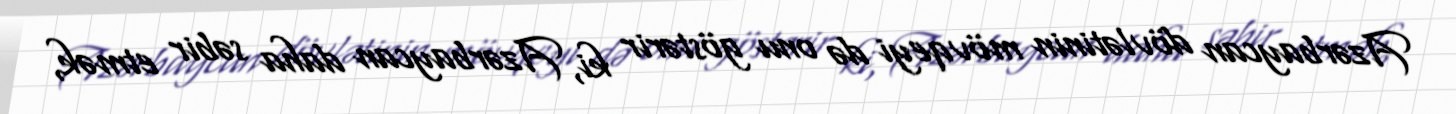
Azərbaycan dövlətinin mövqeyi də onu göstərir ki, Azərbaycan daha səbir etmək,